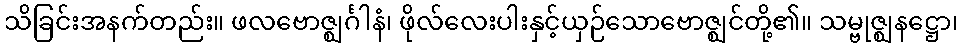
သိခြင်းအနက်တည်း။ ဖလဗောဇ္ဈင်္ဂါနံ၊ ဖိုလ်လေးပါးနှင့်ယှဉ်သောဗောဇ္ဈင်တို့၏။ သမ္ဗုဇ္ဈနဋ္ဌော၊